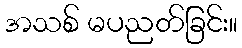
အသစ် မပညတ်ခြင်း။